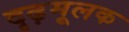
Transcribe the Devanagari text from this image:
दृढ़मूलक